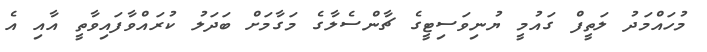
މުހައްމަދު ލަތީފް ގައުމީ ޔުނިވަސިޓީގެ ޗާންސެލާގެ މަގާމަށް ބަދަލު ކުރައްވާފައިވާތީ އާއި އެ